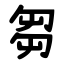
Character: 芻